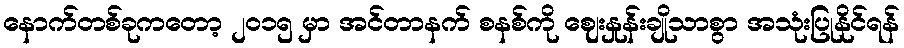
နောက်တစ်ခုကတော့ ၂၀၁၅ မှာ အင်တာနက် စနစ်ကို ဈေးနှုန်းချိုသာစွာ အသုံးပြုနိုင်ရန်